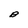
Character: B